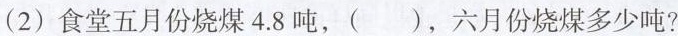
(2)食堂五月份烧煤4.8吨，( )，六月份烧煤多少吨?